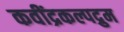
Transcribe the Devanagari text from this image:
कवींद्रकल्पद्रुम